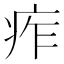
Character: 痄